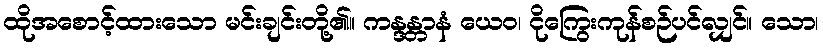
ထိုအစောင့်ထားသော မင်းချင်းတို့၏။ ကန္ဒန္တာနံ ယေဝ၊ ငိုကြွေးကုန်စဉ်ပင်လျှင်။ သော၊